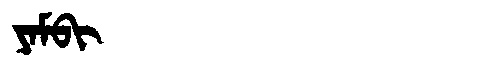
Manchu: ᠶᠠᠮᠪᡳ
Romanization: YAMBI